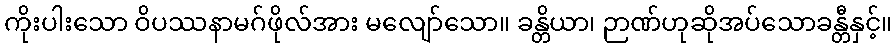
ကိုးပါးသော ဝိပဿနာမဂ်ဖိုလ်အား မလျော်သော။ ခန္တိယာ၊ ဉာဏ်ဟုဆိုအပ်သောခန္တီနှင့်။